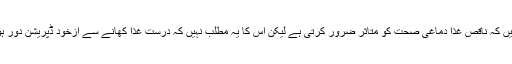
وہ کہتے ہیں کہ ناقص غذا دماغی صحت کو متاثر ضرور کرتی ہے لیکن اس کا یہ مطلب نہیں کہ درست غذا کھانے سے ازخود ڈپریشن دور ہوجاتی ہے۔